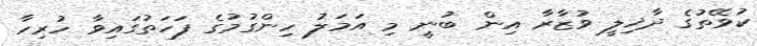
ކުވޭތުގެ ދާޚިލީ ވުޒާރާ އިން ބުނީ މި އަމަލު ހިންގުމުގެ ފަހަތުގައިވާ ހުރިހާ